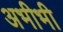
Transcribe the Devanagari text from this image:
अभीभी